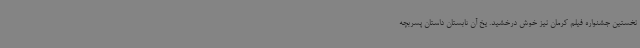
نخستین جشنواره فیلم کرمان نیز خوش درخشید. یخ آن تابستان داستان پسربچه